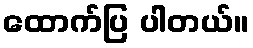
ထောက်ပြ ပါတယ်။